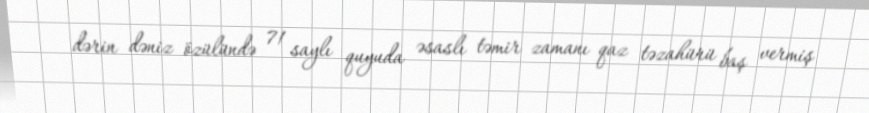
dərin dəniz özülündə 71 saylı quyuda əsaslı təmir zamanı qaz təzahürü baş vermiş